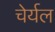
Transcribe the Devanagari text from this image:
चेर्यल